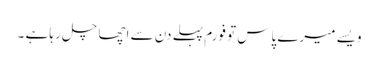
ویسے میرے پاس تو فورم پہلے دن سے اچھا چل رہا ہے ۔